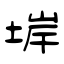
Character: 堓